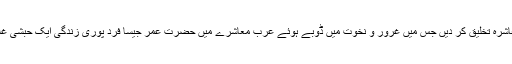
محنت سے آپ ایک پورا شہر نیا آباد کر سکتے ہیں، لیکن آپ ایک ایسا معاشرہ تخلیق کر دیں جس میں غرور و نخوت میں ڈوبے ہوئے عرب معاشرے میں حضرت عمرؓ جیسا فرد پوری زندگی ایک حبشی غلام حضرت بلالؓ کو ’’سیدنا بلال‘‘ یعنی ’’میرے آقا بلال‘‘ کہہ کر پکارے۔